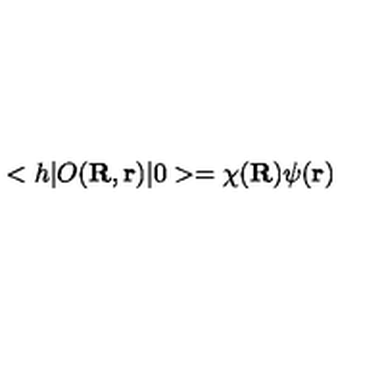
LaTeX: < h | O ( { \bf R } , { \bf r } ) | 0 > = \chi ( { \bf R } ) \psi ( { \bf r } )